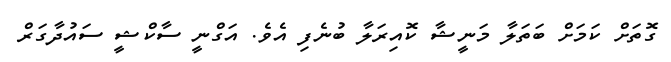
ގޮތަށް ކަމަށް ބަތަލާ މަނީޝާ ކޮއިރަލާ ބުނެފި އެވެ. އަގްނީ ސާކްޝީ ސައުދާގަރް